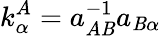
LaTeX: k_{\alpha}^{A}=a_{A\mathit{B}}^{-1}a_{\mathit{B}\alpha}